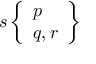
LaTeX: s \left\{ { \begin{array} { l } { p } \\ { q , r } \end{array} } \right\}